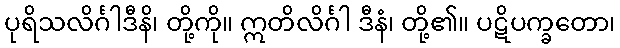
ပုရိသလိင်္ဂါဒီနိ၊ တို့ကို။ ဣတိလိင်္ဂါ ဒီနံ၊ တို့၏။ ပဋိပက္ခတော၊